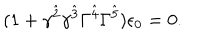
LaTeX: ( 1 + \gamma ^ { \hat { 2 } } \gamma ^ { \hat { 3 } } \Gamma ^ { \hat { 4 } } \Gamma ^ { \hat { 5 } } ) \epsilon _ { 0 } = 0 .